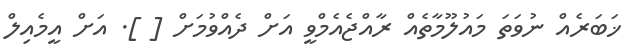
ޚަބަރެއް ނުވަތަ މައުލޫމާތެއް ރާއްޖެއެމްވީ އަށް ދެއްވުމަށް [ ]. އަށް އީމެއިލް